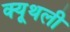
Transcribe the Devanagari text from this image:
क्यूथली